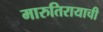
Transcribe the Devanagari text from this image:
मारुतिरायाची